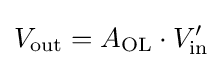
V_{\text{out}}=A_{\text{OL}}\cdot V'_{\text{in}}